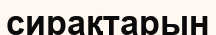
сирақтарын